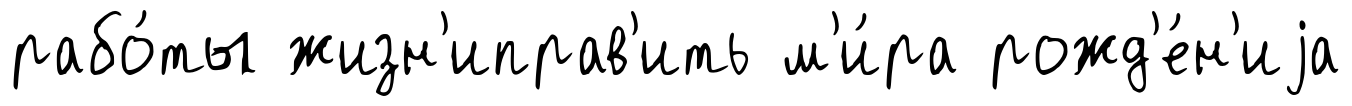
рабо́ты жизн'иправ'ить м'и́ра рожд'е́н'иjа